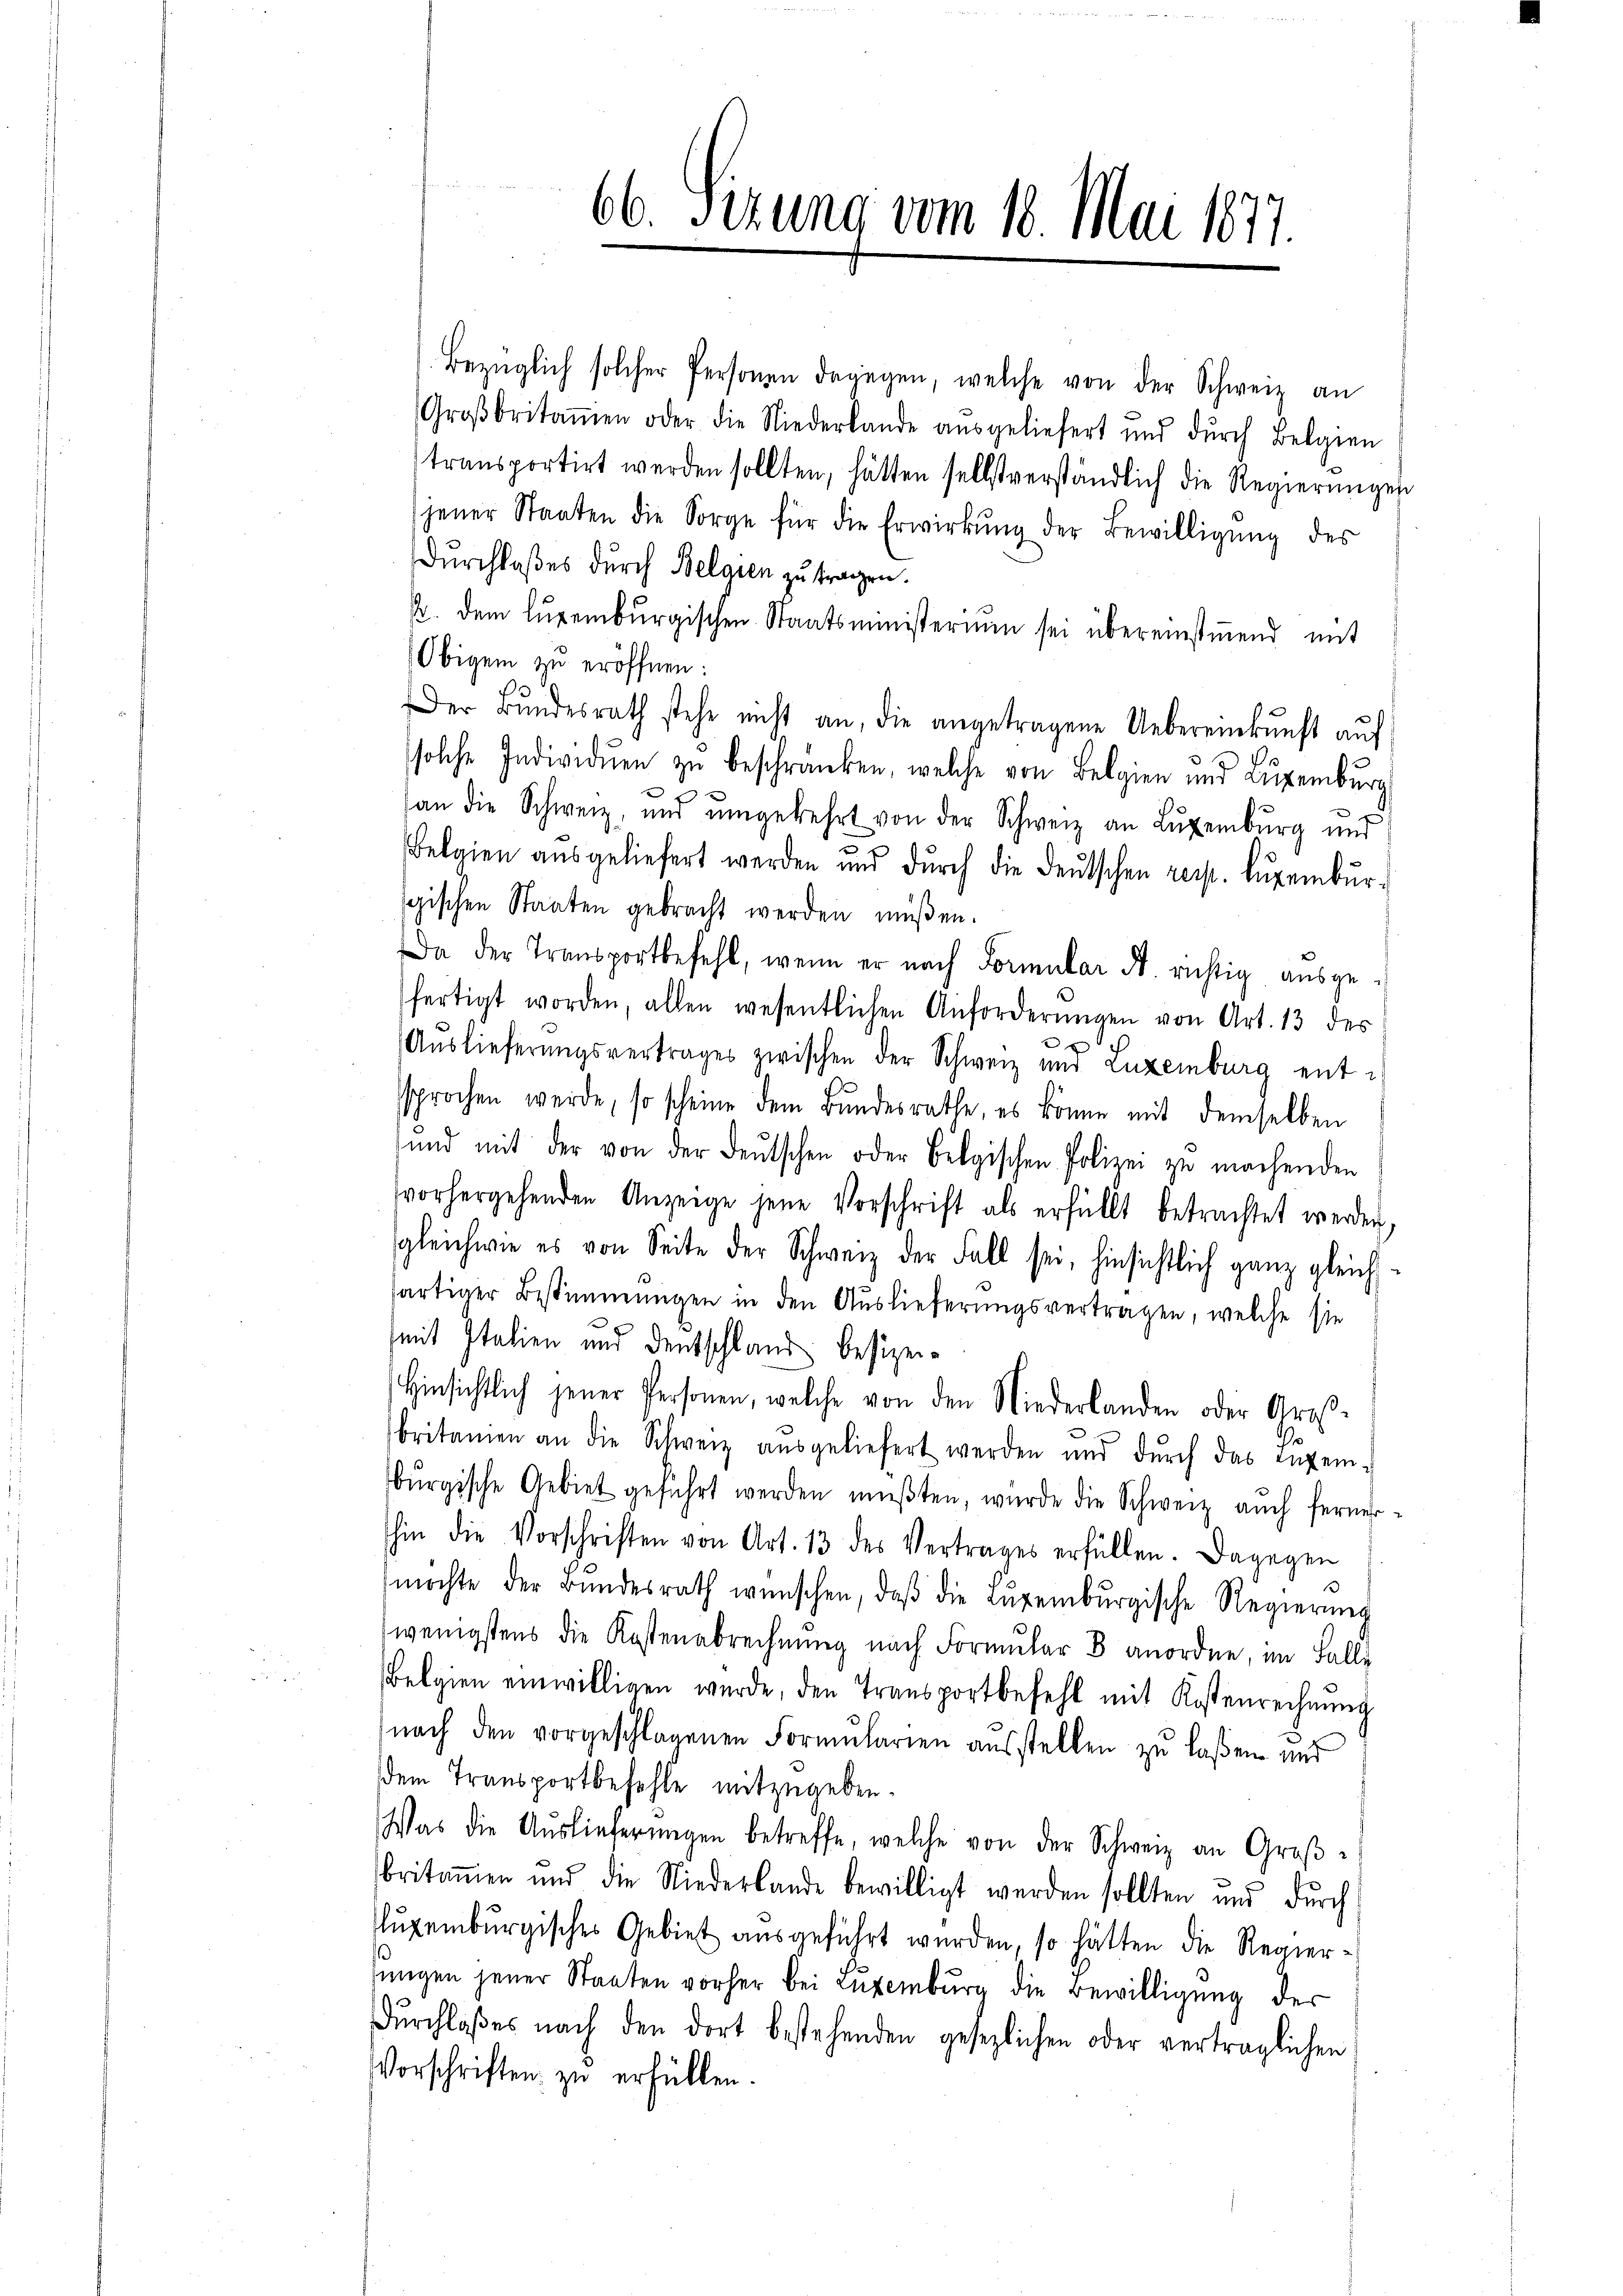
Bezüglich solcher Personen dagegen, welche von der Schweiz an
Groβbritanien oder die Niederlande aŭsgeliefert und dŭrch Belgien
transportirt werden sollten, hätten selbstverständlich die Regierŭngen
jener Staaten die Sorge für die Erwirkŭng der Bewilligŭng des
Durchlaßes durch Belgien zu tragen.
p. dem lŭgeiburgischen Staatsministerium sei übereinstimmend mit
Obigem zu eröffnen:
Der Bŭndesrath stehe nicht an, die angetragene Uebereinkunft aŭf
solche Individuen zŭ beschränken, welche von Belgien und Luxenburg
an die Schweiz, und ŭmgekehrt von der Schweiz an Luxenburg und
Belgien aŭsgeliefert werden und dŭrch die deŭtschen resp. Lŭgembŭr-
spischen Staaten gebracht werden müßen.
Da der Transportbefehl, wenn er nach Formular A. richtig aŭsge-
fertigt worden, allen wesentlichen Anforderŭngen von Art. 13 des
Auslieferungsvertrages zwischen der Schweiz und Luxenburg entsprochen werde, so scheine dem Bundesrathe, es könne mit demselben
ŭnd mit der von der deutschen oder Belgischen Polizei zu machenden
vorhergehenden Anzeige jene Vorschrift als erfüllt betrachtet werden,
gleichwie es von Seite der Schweiz der Fall sei, hinsichtlich ganz gleich-
sartiger Bestimmungen in den Auslieferungsvertragen, welche sie
mit Italien und Deutschland besizei¬
Hinsichtlich jener Personen, welche von den Niederlanden oder Groß-
britamen an die Schweiz aŭsgeliefert werden und dŭrch das angen-
bŭrgische Gebiet geführt werden müβten, wurde die Schweiz auch fernerhin die Vorschriften von Art. 13 des Vertrages erfüllen. Dagegen
möchte der Bŭndesrath wünschen, daβ die Lŭgenburgische Regierŭng
wenigstens die Kostenabrechnung nach Formular 8 anordne, im Falle
Belgien einwilligen wurde, den Transportbefehl mit Kostenrechnŭng
nach den vorgeschlagenen Formularien ausstellen zu laßen und
dem Transportbefehle mitzugeben.
Was die Aŭslieferŭngen betreffe, welche von der Schweiz an Groβ-
britaṁen und die Niederlande bewilligt werden sollten und durch
luxenburgisches Gebiet ausgeführt wurden, so hätten die Regier-
sungen jener Staaten vorher bei Luxenburg die Bewilligung der
Dŭrchlaβes nach den dort bestehenden gesezlichen oder verträglichen
Vorschriften zu erfüllen.

66. Sizung vom 18. Mai 1877.